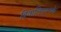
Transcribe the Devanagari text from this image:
दिवालिएपनके